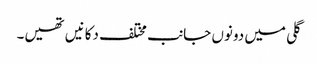
گلی میں دونوں جانب مختلف دکانیں تھیں۔